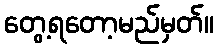
တွေ့ရတော့မည်မှတ်။